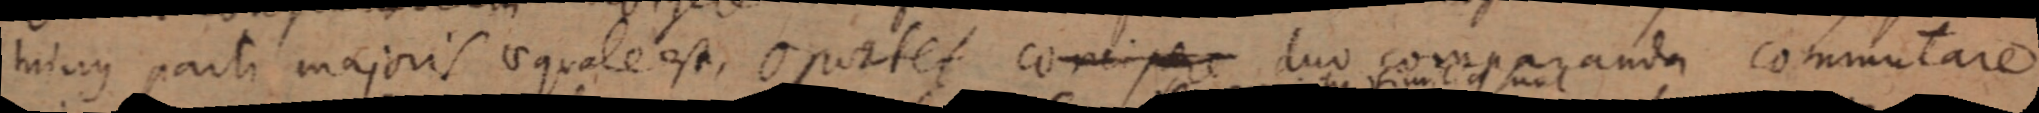
tuiuus parti majoris aequale est, 0 patet concipere duo comparanda commutare